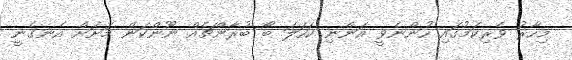
މިހާރު ވެރިކަމުގައި ހުންނެވީ އަންނި ކަހަލަ ބޯ ބުރާންޗެއް ނޫންކަން މަށަށް އެނގެނީ